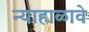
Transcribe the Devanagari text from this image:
न्याहाळावे